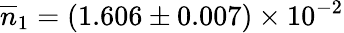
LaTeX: \overline{{n}}_{1}=(1.606\pm 0.007)\times 10^{-2}